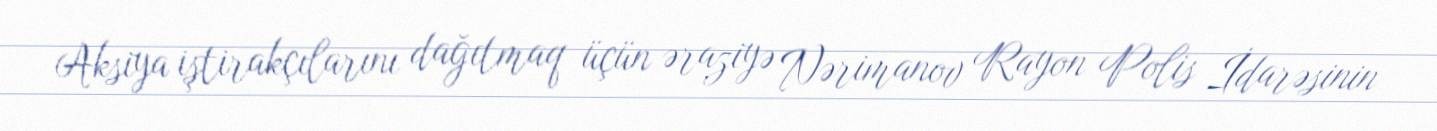
Aksiya iştirakçılarını dağıtmaq üçün əraziyə Nərimanov Rayon Polis İdarəsinin